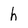
Character: h